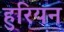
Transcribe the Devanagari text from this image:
हुरियन